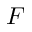
F